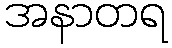
အနာတရ